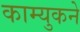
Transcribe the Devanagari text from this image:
काम्युकने